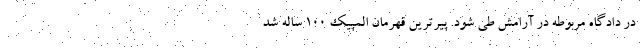
در دادگاه مربوطه در آرامش طی شود. پیرترین قهرمان المپیک ۱۰۰ ساله شد